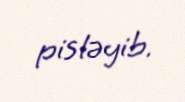
pisləyib.